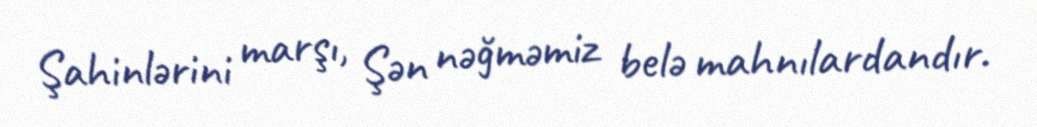
Şahinlərini marşı, Şən nəğməmiz belə mahnılardandır.